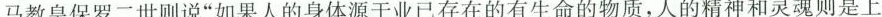
马教皇保罗二世则说”如果人的身体源于业已存在的有生命的物质，人的精神和灵魂则是上